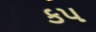
કપ